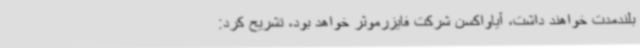
بلندمدت خواهند داشت، آیاواکسن‌ شرکت فایزرموثر خواهد بود، تشریح کرد: